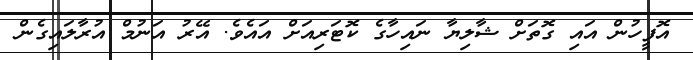
އޮފީހުން އައި ގޮތަށް ޝާލިޔާ ނައިހާގެ ކޮޓަރިއަށް އައެވެ. އޭރު އަނުމް އުރާލައިގެން